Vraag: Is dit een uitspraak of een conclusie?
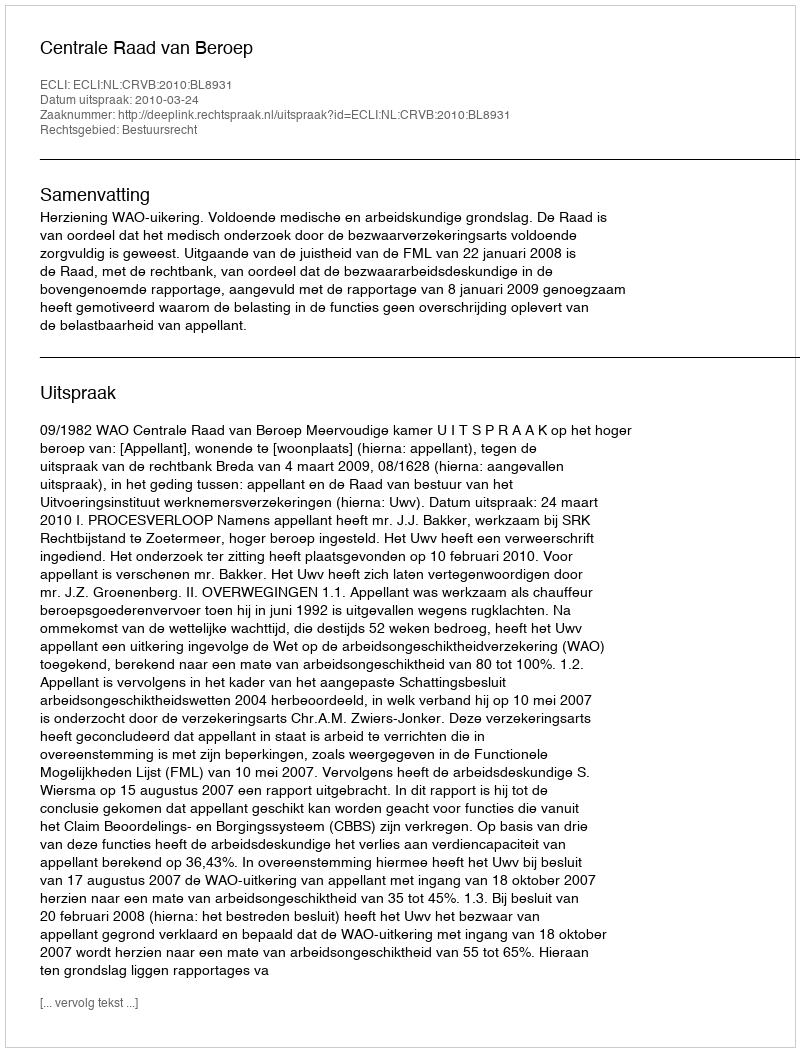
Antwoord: Uitspraak